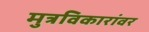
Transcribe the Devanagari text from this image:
मुत्रविकारांवर